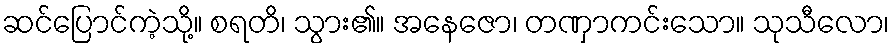
ဆင်ပြောင်ကဲ့သို့။ စရတိ၊ သွား၏။ အနေဇော၊ တဏှာကင်းသော။ သုသီလော၊